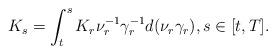
LaTeX: \begin{align*}K_s=\int_t^s K_r\nu_r^{-1} \gamma_r^{-1} d(\nu_r\gamma_r), s\in[t,T].\end{align*}